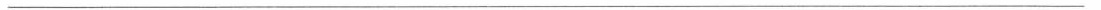
___